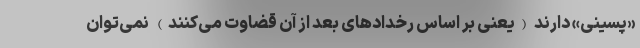
«پسینی» دارند (یعنی بر اساس رخدادهای بعد از آن قضاوت می‌کنند) نمی‌توان